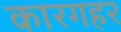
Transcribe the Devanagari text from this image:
कारगहर